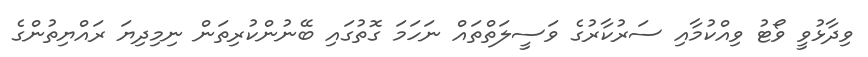
ވިދާޅުވީ ވޯޓު ވިއްކުމާއި ސަރުކާރުގެ ވަސީލަތްތައް ނަހަމަ ގޮތުގައި ބޭނުންކުރިތަން ނިމިދިޔަ ރައްޔިތުންގެ